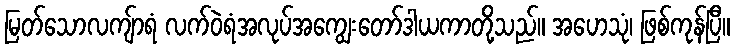
မြတ်သောလကျ်ာရံ လက်ဝဲရံအလုပ်အကျွေးတော်ဒါယကာတို့သည်။ အဟေသုံ၊ ဖြစ်ကုန်ပြီ။